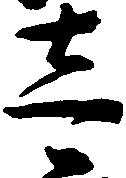
壱